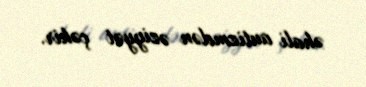
əhali autizmdən əziyyət çəkir.